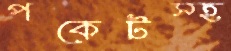
পকেটস্হ